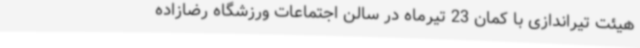
هیئت تیراندازی با کمان 23 تیرماه در سالن اجتماعات ورزشگاه رضازاده